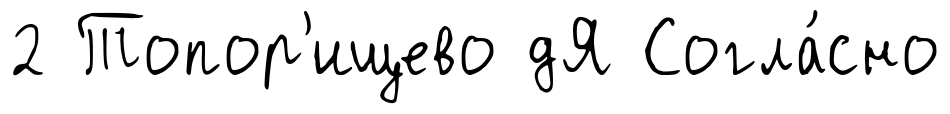
2 Топор'ищево дЯ Согла́сно